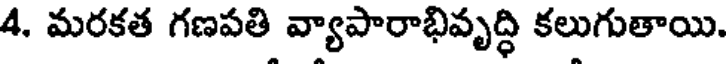
4. మరకత గణపతి వ్యాపారాభివృద్ధి కలుగుతాయి.